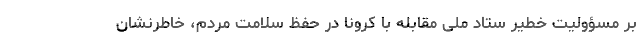
بر مسؤولیت خطیر ستاد ملی مقابله با کرونا در حفظ سلامت مردم، خاطرنشان